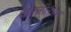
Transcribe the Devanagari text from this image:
कामगीरीवर